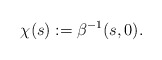
\begin{align*}\chi(s):= \beta^{-1}(s, 0). \end{align*}